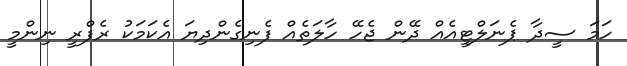
ހަމަ ސީދާ ޕެނަލްޓީއެއް ދޭން ޖެހޭ ހާލަތެއް ފެނިގެންދިޔަ އެކަމަކު ރެފްރީ ނިންމީ